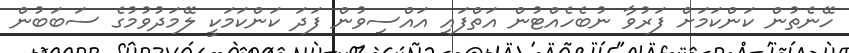
ހޭނެތުން ކަންކަމަށް ފަރުވާ ނުބެހެއްޓުން އަތްފައި އައްސިވުން ފަދަ ކަންކަމަކީ ލޭމަދުވުމުގެ ސަބަބުން